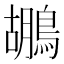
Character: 鶘